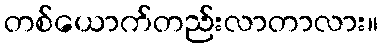
တစ်ယောက်တည်းလာတာလား။